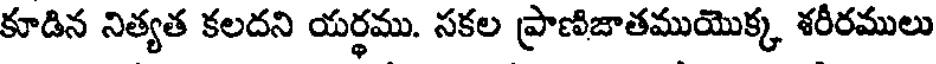
కూడిన నిత్యత కలదని యర్థము. సకల ప్రాణిజాతముయొక్క శరీరములు